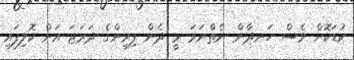
ކުޑަކޮށް ވެސް ހަނދާން ނެތްނަމަ މީ ދެން ފިރިންގެ ދަރަޖަ އަށް ކޮލިފައި